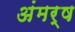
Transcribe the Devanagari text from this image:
अंमर्ष